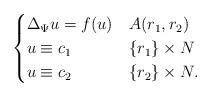
LaTeX: \begin{align*}\begin{cases} \Delta_\Psi u = f (u) & A(r_{1},r_{2}) \\ u \equiv c_{1} & \{ r_{1} \}\times N \\ u \equiv c_{2} &\{r_{2}\} \times N.\end{cases}\end{align*}